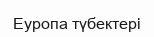
Еуропа түбектері